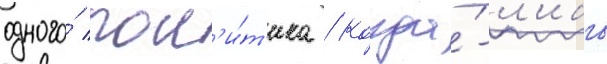
одного́ пол'и́т'ика / когда́-л'ибо